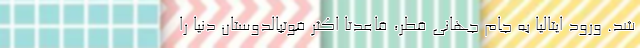
شد. ورود ایتالیا به جام جهانی قطر، قاعدتا اکثر فوتبالدوستان دنیا را